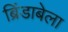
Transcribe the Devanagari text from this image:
ब्रिंडाबेला